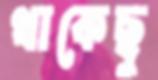
থাকেছু